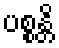
ပစ္စန္တိ